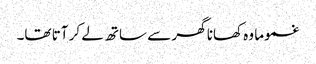
غموما وہ کھانا گھر سے ساتھ لے کر آتا تھا۔